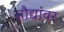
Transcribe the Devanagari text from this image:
सौद्यांवर